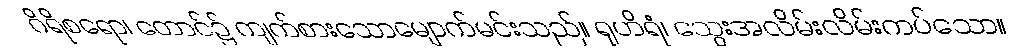
ဂိရိစရော၊ တောင်၌ ကျက်စားသောမျောက်မင်းသည်။ ရုဟိရံ၊ သွေးအလိမ်းလိမ်းကပ်သော။